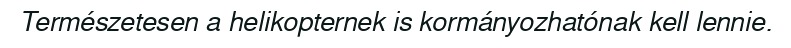
Természetesen a helikopternek is kormányozhatónak kell lennie.